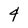
Character: 4